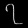
Digit: ၇